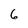
Character: 6